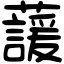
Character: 蘐